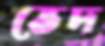
ভেদ